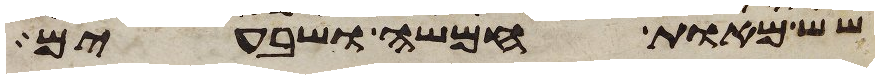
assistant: שש מאות חמשה ושבעים